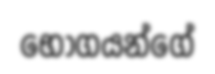
භොගයන්ගේ